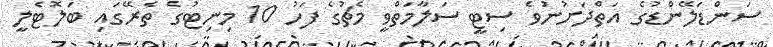
ސަންޑަލޭންޑުގެ އަތްދަށުނުވެ ސިޓީ ސަލާމަތްވީ މެޗުގެ ފަހު 10 މިނިޓުގެ ތެރޭގައި ބަލޮޓެލީ